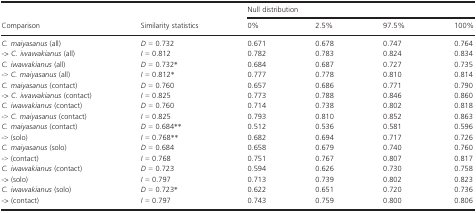
<table><thead><tr><td rowspan="2"><b>Comparison</b></td><td rowspan="2"><b>Similarity statistics</b></td><td colspan="4"><b>Null distribution</b></td></tr><tr><td><b>0%</b></td><td><b>2.5%</b></td><td><b>97.5%</b></td><td><b>100%</b></td></tr></thead><tbody><tr><td><i>C. maiyasanus</i> (all)</td><td><i>D</i> = 0.732</td><td>0.671</td><td>0.678</td><td>0.747</td><td>0.764</td></tr><tr><td><i>‐&gt; C. iwawakianus</i> (all)</td><td><i>I</i> = 0.812</td><td>0.782</td><td>0.783</td><td>0.824</td><td>0.834</td></tr><tr><td><i>C. iwawakianus</i> (all)</td><td><i>D</i> = 0.732*</td><td>0.684</td><td>0.687</td><td>0.727</td><td>0.735</td></tr><tr><td>‐&gt; <i>C. maiyasanus</i> (all)</td><td><i>I</i> = 0.812*</td><td>0.777</td><td>0.778</td><td>0.810</td><td>0.814</td></tr><tr><td><i>C. maiyasanus</i> (contact)</td><td><i>D</i> = 0.760</td><td>0.657</td><td>0.686</td><td>0.771</td><td>0.790</td></tr><tr><td><i>‐&gt; C. iwawakianus</i> (contact)</td><td><i>I</i> = 0.825</td><td>0.773</td><td>0.788</td><td>0.846</td><td>0.860</td></tr><tr><td><i>C. iwawakianus</i> (contact)</td><td><i>D</i> = 0.760</td><td>0.714</td><td>0.738</td><td>0.802</td><td>0.818</td></tr><tr><td>‐&gt; <i>C. maiyasanus</i> (contact)</td><td><i>I</i> = 0.825</td><td>0.793</td><td>0.810</td><td>0.852</td><td>0.863</td></tr><tr><td><i>C. maiyasanus</i> (contact)</td><td><i>D</i> = 0.684**</td><td>0.512</td><td>0.536</td><td>0.581</td><td>0.596</td></tr><tr><td>‐&gt; (solo)</td><td><i>I</i> = 0.768**</td><td>0.682</td><td>0.694</td><td>0.717</td><td>0.726</td></tr><tr><td><i>C. maiyasanus</i> (solo)</td><td><i>D</i> = 0.684</td><td>0.658</td><td>0.679</td><td>0.740</td><td>0.760</td></tr><tr><td>‐&gt; (contact)</td><td><i>I</i> = 0.768</td><td>0.751</td><td>0.767</td><td>0.807</td><td>0.817</td></tr><tr><td><i>C. iwawakianus</i> (contact)</td><td><i>D</i> = 0.723</td><td>0.594</td><td>0.626</td><td>0.730</td><td>0.758</td></tr><tr><td><i>‐&gt;</i> (solo)</td><td><i>I</i> = 0.797</td><td>0.713</td><td>0.739</td><td>0.802</td><td>0.823</td></tr><tr><td><i>C. iwawakianus</i> (solo)</td><td><i>D</i> =<i> </i>0.723*</td><td>0.622</td><td>0.651</td><td>0.720</td><td>0.736</td></tr><tr><td><i>‐&gt;</i> (contact)</td><td><i>I</i> = 0.797</td><td>0.743</td><td>0.759</td><td>0.800</td><td>0.806</td></tr></tbody></table>